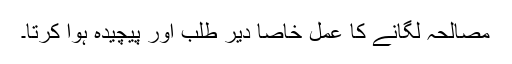
مصالحہ لگانے کا عمل خاصا دیر طلب اور پیچیدہ ہوا کرتا۔